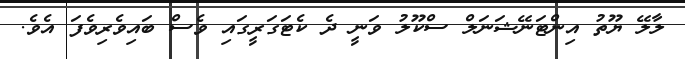
ލާލޭ ޔޫތު އިންޓަނޭޝަނަލް ސްކޫލު ވަނީ ދެ ކެޓަގަރީގައި ވެސް ބައިވެރިވެފަ އެވެ.